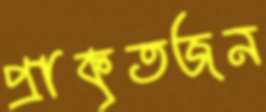
প্রাকৃতজন